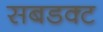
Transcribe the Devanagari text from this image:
सबडक्ट